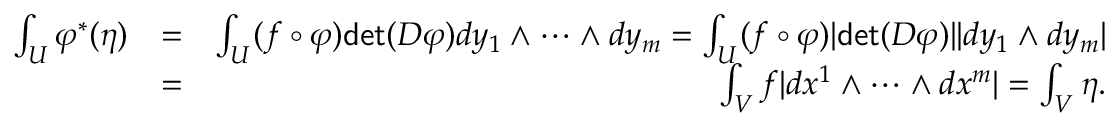
\begin{array} { r l r } { \int _ { U } \varphi ^ { * } ( \eta ) } & { = } & { \int _ { U } ( f \circ \varphi ) \mathsf { d e t } ( D \varphi ) d y _ { 1 } \wedge \dots \wedge d y _ { m } = \int _ { U } ( f \circ \varphi ) | \mathsf { d e t } ( D \varphi ) | | d y _ { 1 } \wedge d y _ { m } | } \\ & { = } & { \int _ { V } f | d x ^ { 1 } \wedge \dots \wedge d x ^ { m } | = \int _ { V } \eta . } \end{array}